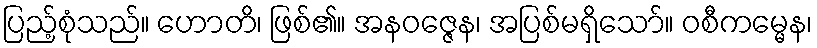
ပြည့်စုံသည်။ ဟောတိ၊ ဖြစ်၏။ အနဝဇ္ဇေန၊ အပြစ်မရှိသော်။ ဝစီကမ္မေန၊